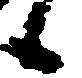
候